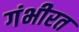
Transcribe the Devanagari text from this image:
गंभीरत